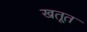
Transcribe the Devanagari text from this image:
खतूत